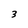
Character: 3